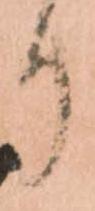
り